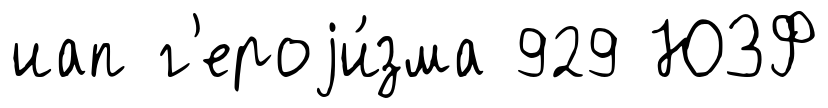
иап г'ероjи́зма 929 ЮЗФ